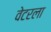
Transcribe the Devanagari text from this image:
वेटरला